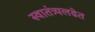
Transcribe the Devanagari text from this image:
स्वातंत्र्यलढेत